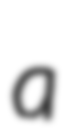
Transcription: a